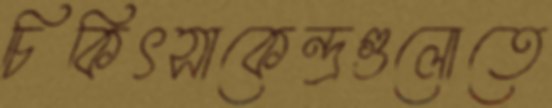
চিকিৎসাকেন্দ্রগুলোতে